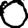
Digit: 0